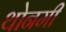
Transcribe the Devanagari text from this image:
थोनमी